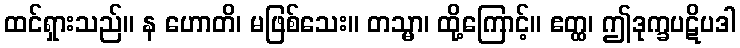
ထင်ရှားသည်။ န ဟောတိ၊ မဖြစ်သေး။ တသ္မာ၊ ထို့ကြောင့်။ ဧတ္ထ၊ ဤဒုက္ခပဋိပဒါ